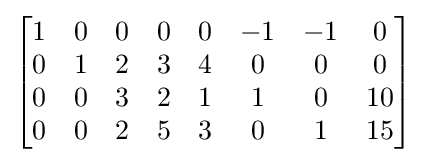
{\begin{bmatrix}1&0&0&0&0&-1&-1&0\\0&1&2&3&4&0&0&0\\0&0&3&2&1&1&0&10\\0&0&2&5&3&0&1&15\end{bmatrix}}